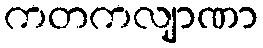
ကတကလျာဏာ